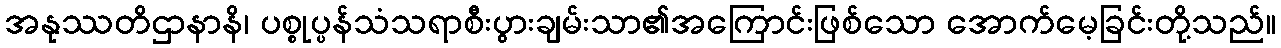
အနုဿတိဌာနာနိ၊ ပစ္စုပ္ပန်သံသရာစီးပွားချမ်းသာ၏အကြောင်းဖြစ်သော အောက်မေ့ခြင်းတို့သည်။